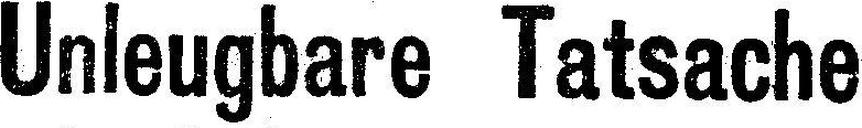
Unleugbare Tatsache